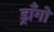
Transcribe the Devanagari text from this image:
ड्राँगो